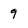
Character: 9